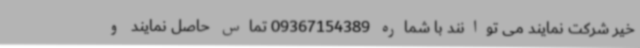
خیر شرکت نمایند می توانند با شماره 09367154389 تماس حاصل نمایند و